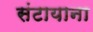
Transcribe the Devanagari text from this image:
संटायाना